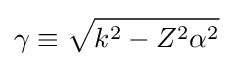
\gamma \equiv {\sqrt {k^{2}-Z^{2}\alpha ^{2}}}